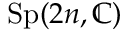
\operatorname { S p } ( 2 n , \mathbb { C } )